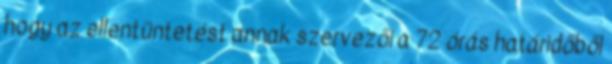
hogy az ellentüntetést annak szervezői a 72 órás határidőből